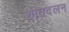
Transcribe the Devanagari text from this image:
शीतदलन